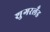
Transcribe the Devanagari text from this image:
शुगरलँड